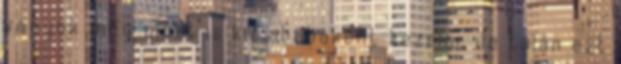
vagyok még most is kicsibabaként kezelni, de talán ezt